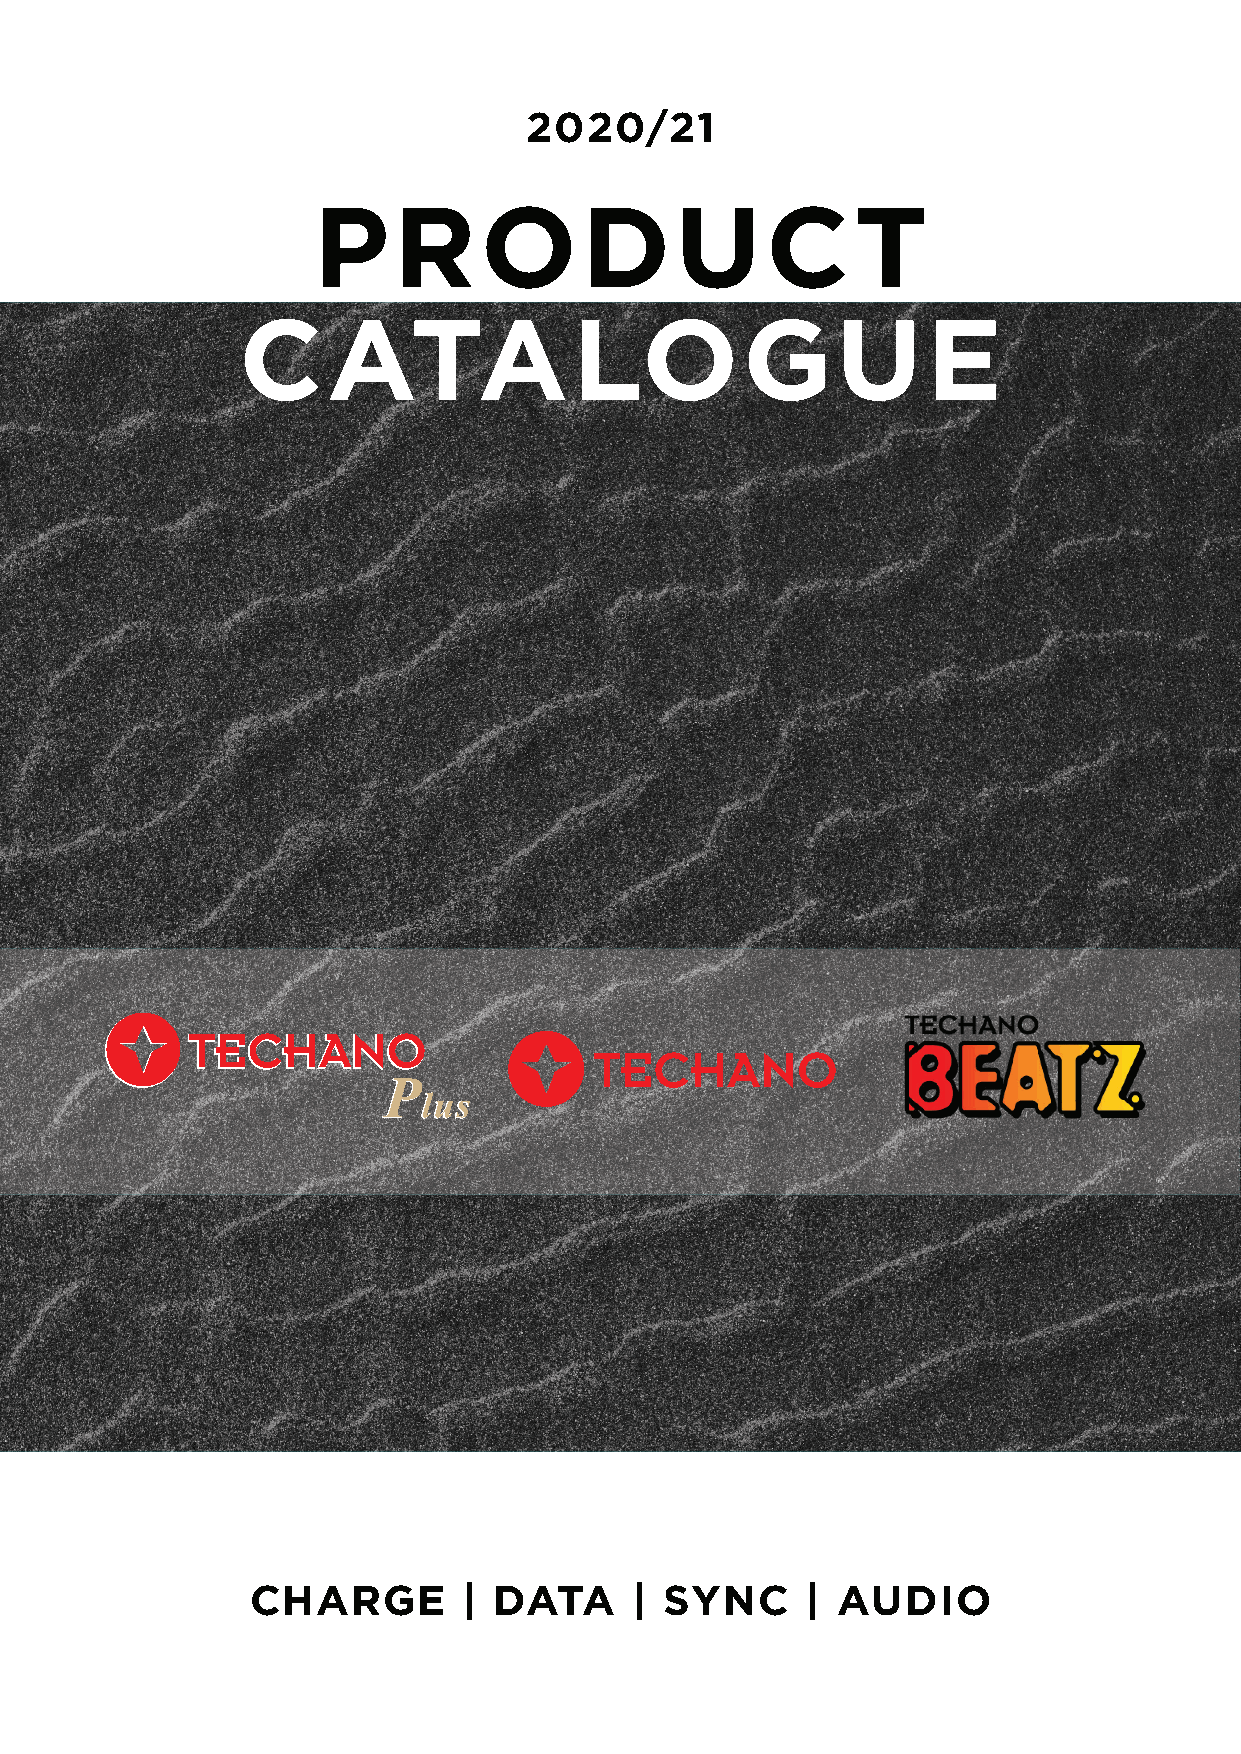
2020/21
 PRODUCT
 CATALOGUE
 CHARGE        | DATA     | SYNC     | AUDIO